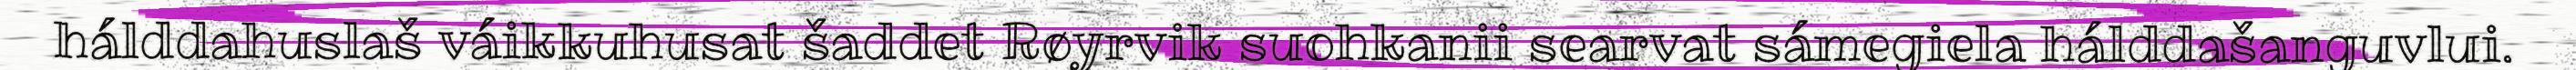
hálddahuslaš váikkuhusat šaddet Røyrvik suohkanii searvat sámegiela hálddašanguvlui.